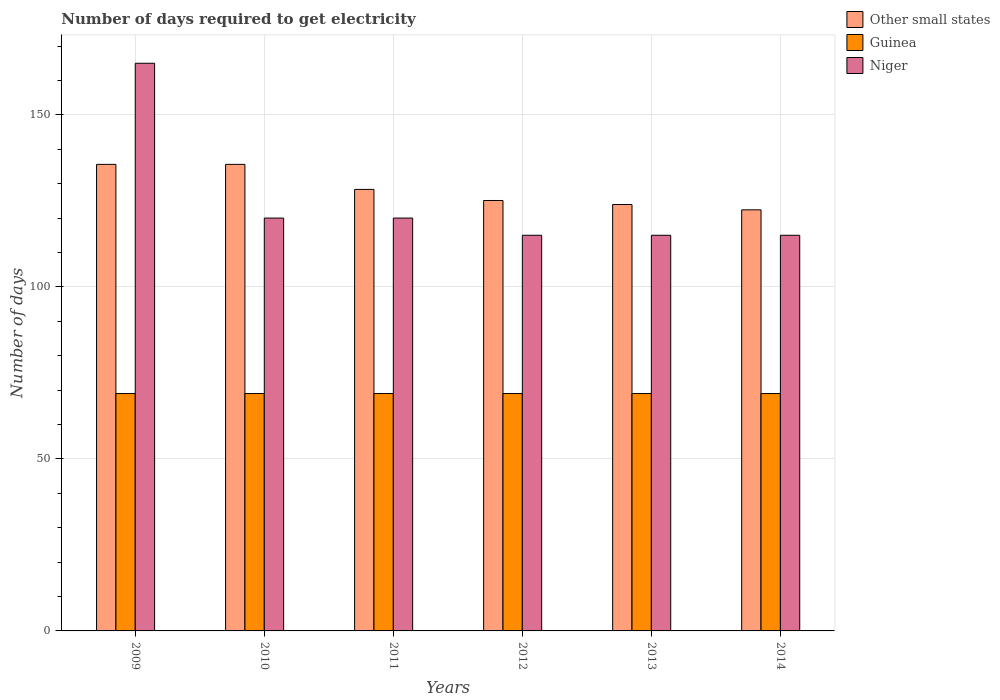
| Years | Other small states | Guinea | Niger |
 | --- | --- | --- | --- |
 | 2009 | 136 | 69 | 165 |
 | 2010 | 136 | 69 | 120 |
 | 2011 | 128 | 69 | 120 |
 | 2012 | 125 | 69 | 115 |
 | 2013 | 124 | 69 | 115 |
 | 2014 | 122 | 69 | 115 |